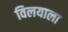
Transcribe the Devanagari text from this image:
विलयाला